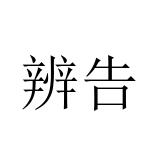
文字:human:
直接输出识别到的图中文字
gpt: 辨告